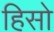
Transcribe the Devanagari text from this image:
हिसो